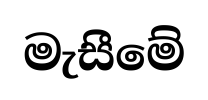
මැසීමේ